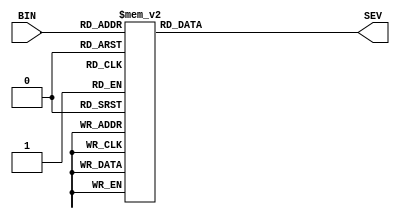
module binary2seven (
        input [3:0] BIN,
        output reg [7:0] SEV
    );
    always @ (BIN) begin
        case (BIN)
            4'd0: SEV = 7'b0000001; 
            4'd1: SEV = 7'b1001111; 
            4'd2: SEV = 7'b0010010; 
            4'd3: SEV = 7'b0000110; 
            4'd4: SEV = 7'b1001100; 
            4'd5: SEV = 7'b0100100; 
            4'd6: SEV = 7'b0100000; 
            4'd7: SEV = 7'b0001111; 
            4'd8: SEV = 7'b0000000; 
            4'd9: SEV = 7'b0001100; 
            default: SEV = 7'b1100010; //.
        endcase
        // SEG = ~SEG; //should work for active low
    end
endmodule